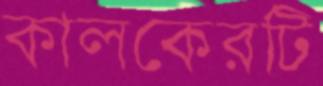
কালকেরটি